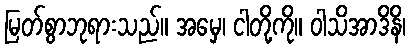
မြတ်စွာဘုရားသည်။ အမှေ၊ ငါတို့ကို။ ဝါသိအာဒိနိ၊